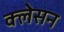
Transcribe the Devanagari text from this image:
क्‍लेसन